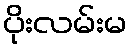
ပိုးလမ်းမ